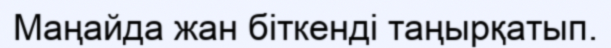
Маңайда жан біткенді таңырқатып.